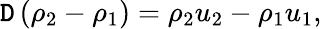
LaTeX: \mathtt{D}\left(\rho_{2}-\rho_{1}\right)=\rho_{2}u_{2}-\rho_{1}u_{1},